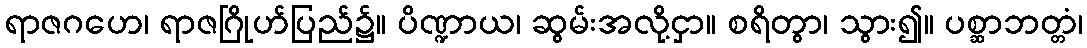
ရာဇဂဟေ၊ ရာဇဂြိုဟ်ပြည်၌။ ပိဏ္ဍာယ၊ ဆွမ်းအလို့ငှာ။ စရိတွာ၊ သွား၍။ ပစ္ဆာဘတ္တံ၊